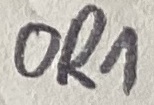
Text: OR1